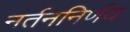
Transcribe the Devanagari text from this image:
नर्तननिर्णय